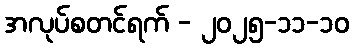
အလုပ်စတင်ရက် - ၂၀၂၅-၁၁-၁၀